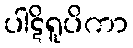
ပါဋိရူပိကာ